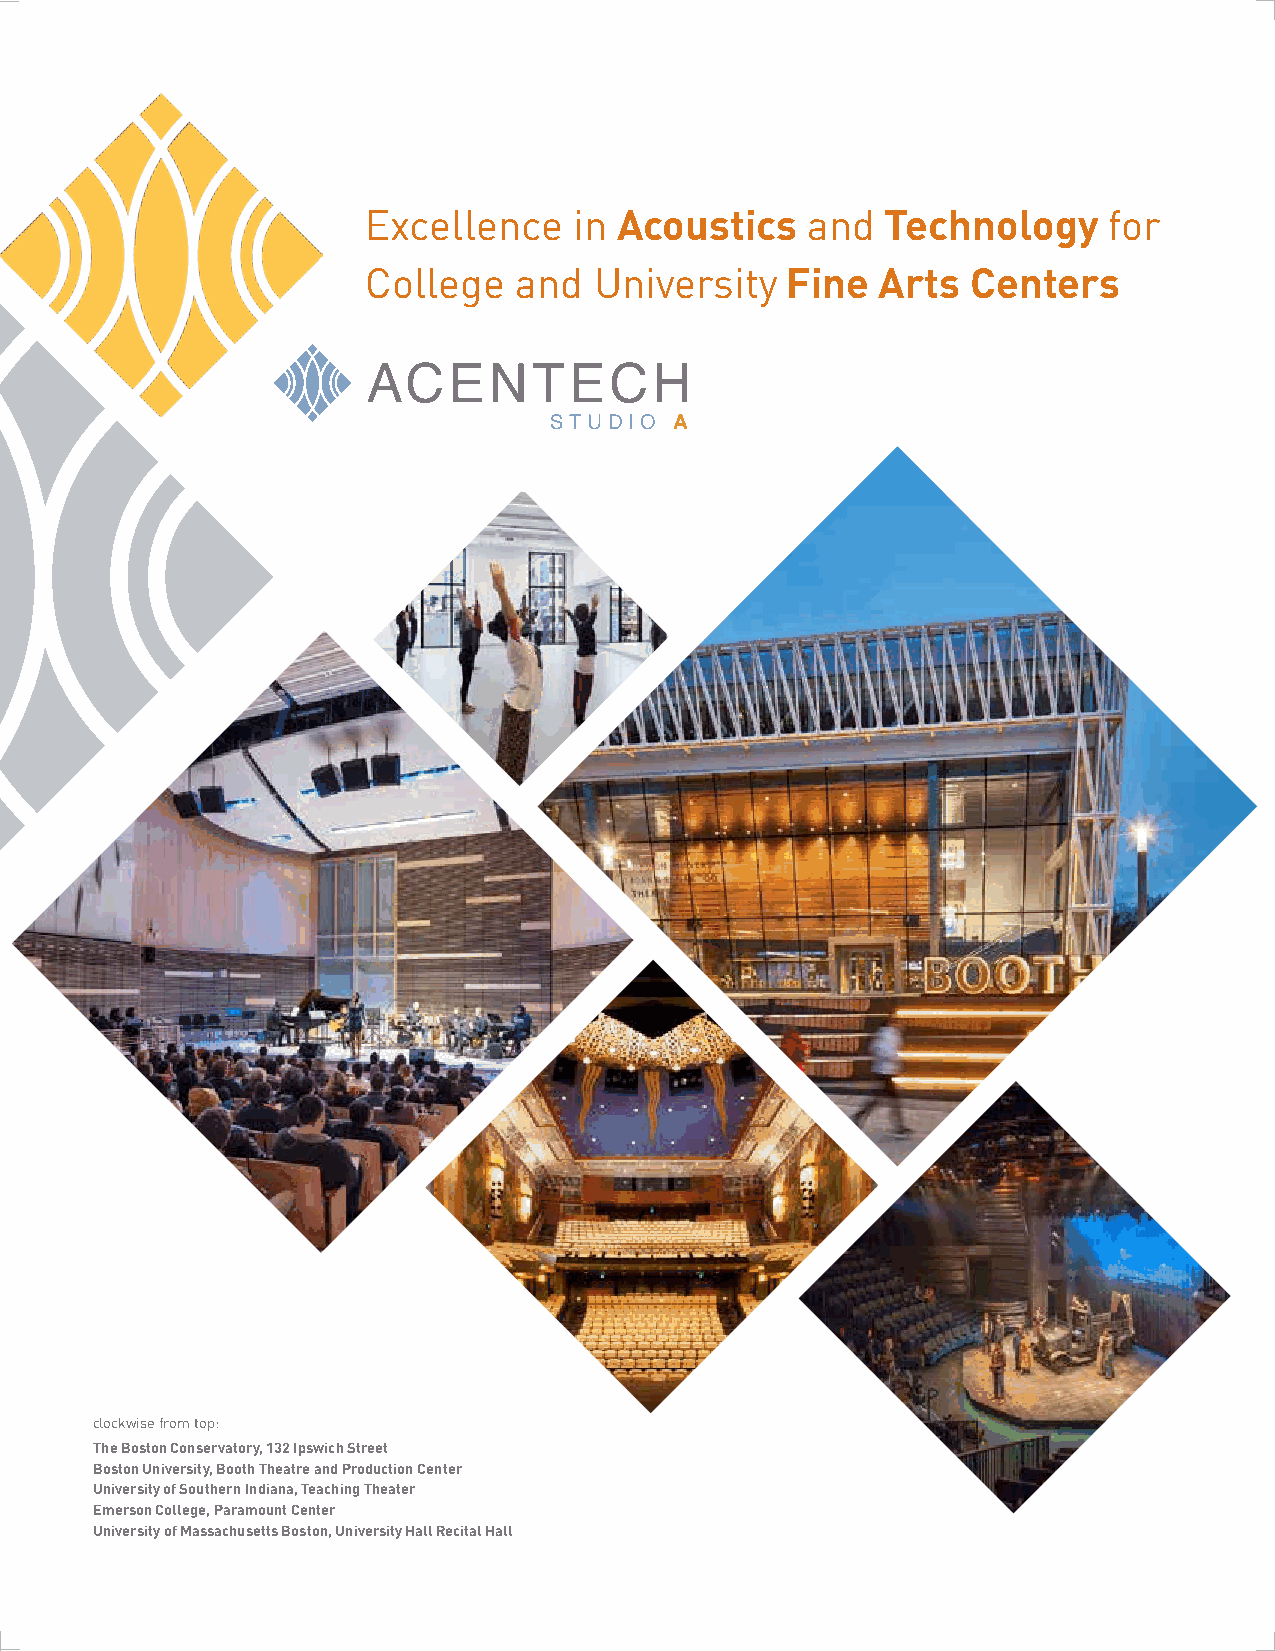
Excellence    in Acoustics   and   Technology    for
 College   and  University   Fine  Arts  Centers
 clockwise from top:
 The Boston Conservatory, 132 Ipswich Street
 Boston University, Booth Theatre and Production Center
 University of Southern Indiana, Teaching Theater
 Emerson College, Paramount Center
 University of Massachusetts Boston, University Hall Recital Hall